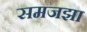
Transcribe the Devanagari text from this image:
समजझा